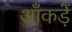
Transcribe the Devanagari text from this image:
आँकड़ें